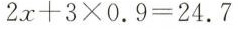
2x+3×0.9=24.7